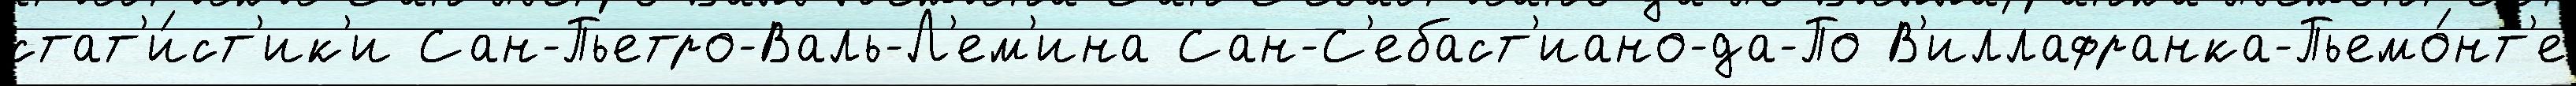
стат'и́ст'ик'и Сан-Пьетро-Валь-Л'ем'ина Сан-С'ебаст'иано-да-По В'иллафранка-Пьемо́нт'е